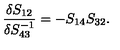
\frac { \delta S _ { 1 2 } } { \delta S _ { 4 3 } ^ { - 1 } } = - S _ { 1 4 } S _ { 3 2 } .